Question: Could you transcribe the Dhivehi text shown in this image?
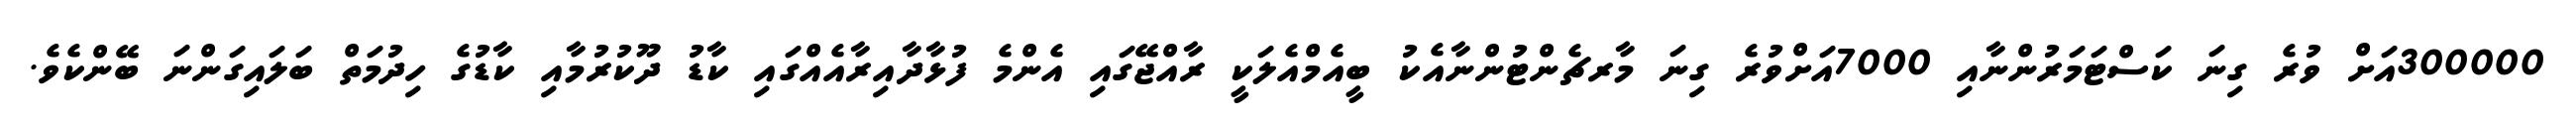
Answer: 300000އަށް ވުރެ ގިނަ ކަސްޓަމަރުންނާއި 7000އަށްވުރެ ގިނަ މާރޗެންޓުންނާއެކު ބީއެމްއެލަކީ ރާއްޖޭގައި އެންމެ ފުޅާދާއިރާއެއްގައި ކާޑު ދޫކުރުމާއި ކާޑުގެ ހިދުމަތް ބަލައިގަންނަ ބޭންކެވެ.